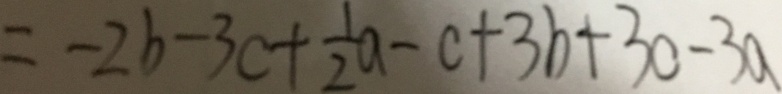
= - 2 b - 3 c + \frac { 1 } { 2 } a - c + 3 b + 3 c - 3 a